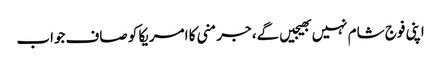
اپنی فوج شام نہیں بھیجیں گے، جرمنی کا امریکا کو صاف جواب